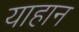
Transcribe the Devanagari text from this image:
याहान